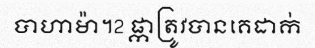
បាហាម៉ា។2 ផ្កាត្រូវបានគេដាក់